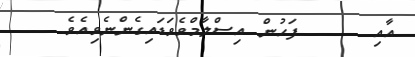
އާއި     ފަހުން އިސްލާމްވެވަޑައިގެންނެވިއެވެ.